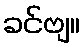
ခင်ဗျ။